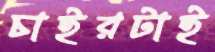
চাইরটাই